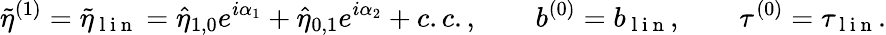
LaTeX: \tilde{\eta}^{(1)}=\tilde{\eta}_{\mathrm{~l~i~n~}}=\hat{\eta}_{1,0}e^{i\alpha_{1}}+\hat{\eta}_{0,1}e^{i\alpha_{2}}+c.c.,\qquad b^{(0)}=b_{\mathrm{~l~i~n~}},\qquad\tau^{(0)}=\tau_{\mathrm{~l~i~n~}}.